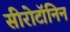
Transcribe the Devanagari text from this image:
सीरोटॉनिन